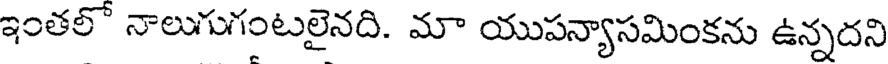
ఇంతలో నాలుగుగంటలైనది. మా యుపన్యాసమింకను ఉన్నదని